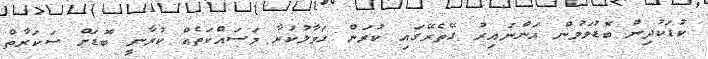
ކުޑަކުދިން ބޮޑުވަމުން އަންނައިރު ގޭތެރޭގައި ކުރަން ހަވާލުކުރާ މަސައްކަތެއް ކުރާނީ ބޮޑަށް ސަކަރާތް